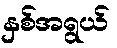
နှစ်အရွယ်